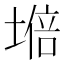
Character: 𡏧